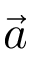
\vec { a }